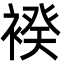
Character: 䙆